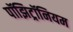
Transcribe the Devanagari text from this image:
पॉझिट्रॉनियम